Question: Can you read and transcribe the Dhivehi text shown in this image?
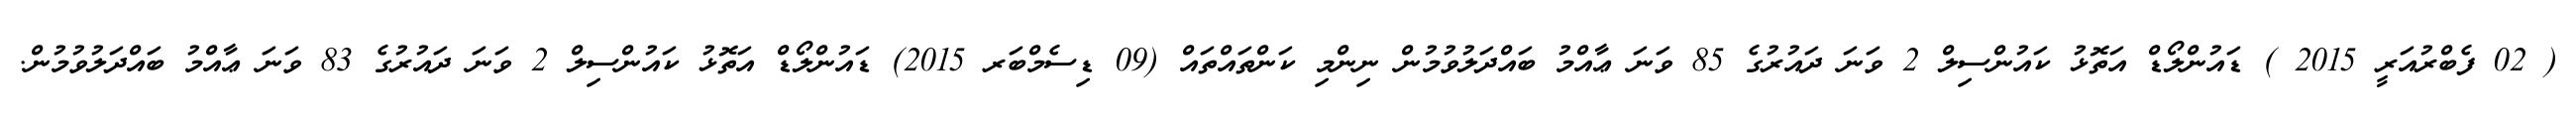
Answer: ( 02 ފެބްރުއަރީ 2015 ) ޑައުންލޯޑް އަތޮޅު ކައުންސިލް 2 ވަނަ ދައުރުގެ 85 ވަނަ ޢާއްމު ބައްދަލުވުމުން ނިންމި ކަންތައްތައް (09 ޑިސެމްބަރ 2015) ޑައުންލޯޑް އަތޮޅު ކައުންސިލް 2 ވަނަ ދައުރުގެ 83 ވަނަ ޢާއްމު ބައްދަލުވުމުން.